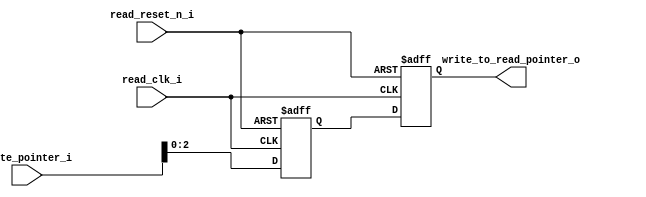
module write_to_read_syn #(
        parameter address_size = 3                              //kich thuoc dia chi
    )
    (
        input [address_size:0] write_pointer_i                  , //con tro ghi dung de dong bo voi mien doc
        input read_reset_n_i                                    , //tin hieu reset vi tri 
        input read_clk_i                                        , //xung clock mien doc
        output reg [address_size - 1:0] write_to_read_pointer_o   //con tro dong bo
    );
    
    reg [address_size:0] tmp_write_pointer;                       //bien tam de thuc hien dong bo 2 ff
    
    always @(posedge read_clk_i, negedge read_reset_n_i)          //xu ly dong bo
    begin
        if (~read_reset_n_i) 
            {write_to_read_pointer_o, tmp_write_pointer} <= 0    ;
        else
            {write_to_read_pointer_o, tmp_write_pointer} <= 
            {tmp_write_pointer, write_pointer_i}                 ; //dong bo tin hieu tu mien write sang mien read        
    end
    
    
endmodule